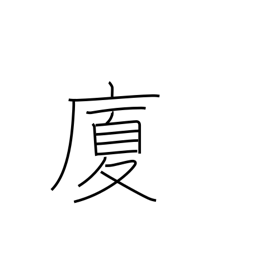
Meaning: house